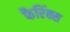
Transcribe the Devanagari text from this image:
फैरिंक्स